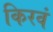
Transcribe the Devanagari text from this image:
किरवं